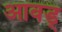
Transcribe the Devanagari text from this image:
आवड्